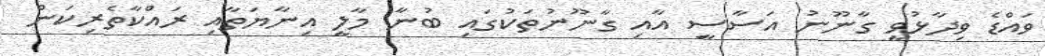
ވައްޑެ ވިދާޅުވީ ގާނޫނު އަސާސީ އާއި ގާނޫނުތަކުގައި ބުނާ މާލީ އިނާޔަތާއި ރައްކާތެރިކަން